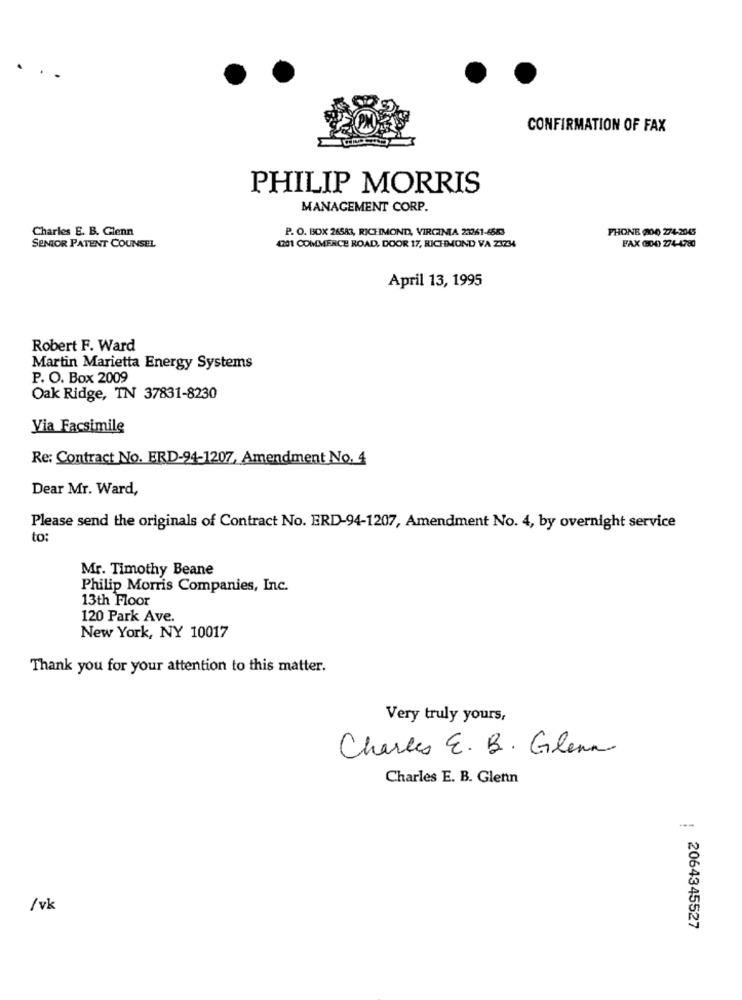
CONFIRMATION OF FAX
PHILIP MORRIS
MANAGEMENT CORP.
Charles E. B. Glenn
P. O. BOX 26583, RICHMOND, VIRGINIA 23261-6583
PHONE 200 274-2045
SENIOR PATENT COUNSEL
4201 COMMERCE ROAD, DOOR 17, RICHMOND VA 21234
FAX (04) 274-4780
April 13, 1995
Robert F. Ward
Martin Marietta Energy Systems
P. O. Box 2009
Oak Ridge, TN 37831-8230
Via Facsimile
Re: Contract No. ERD-94-1207, Amendment No. 4
Dear Mr. Ward,
Please send the originals of Contract No. ERD-94-1207, Amendment No. 4, by overnight service
to:
Mr. Timothy Beane
Philip Morris Companies, Inc.
13th Floor
120 Park Ave.
New York, NY 10017
Thank you for your attention to this matter.
Very truly yours,
Charles E. B. Glenn
Charles E. B. Glenn
/ vk
2064345527